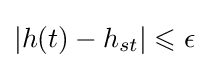
|h(t)-h_{st}|\leqslant \epsilon